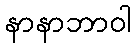
နာနာဘာဝါ